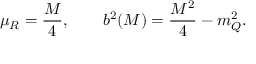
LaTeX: \mu _ { R } = \frac { M } { 4 } , \qquad b ^ { 2 } ( M ) = \frac { M ^ { 2 } } { 4 } - m _ { Q } ^ { 2 } .